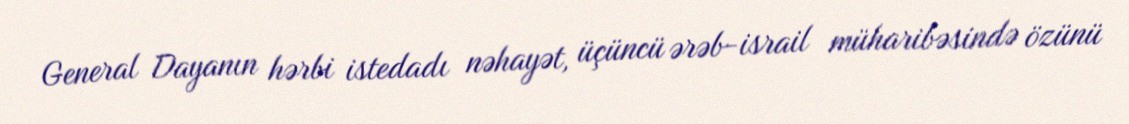
General Dayanın hərbi istedadı nəhayət, üçüncü ərəb-israil müharibəsində özünü